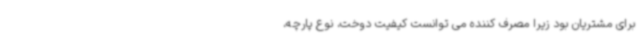
برای مشتریان بود زیرا مصرف کننده می توانست کیفیت دوخت، نوع پارچه،